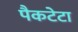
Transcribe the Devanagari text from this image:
पैकटेटा